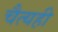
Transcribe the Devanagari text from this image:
चैत्यही